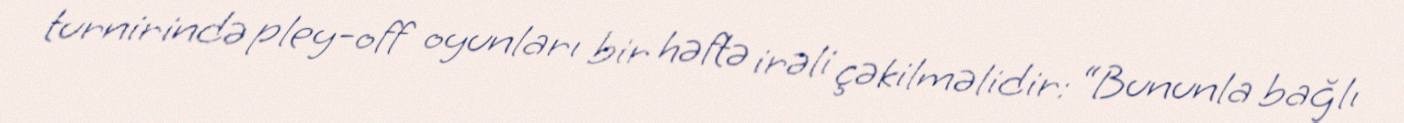
turnirində pley-off oyunları bir həftə irəli çəkilməlidir: “Bununla bağlı